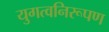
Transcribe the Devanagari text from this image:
युगत्वनिरूपण